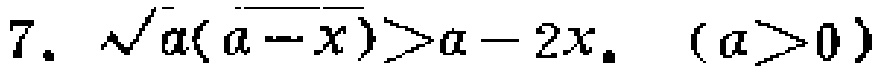
7. $\sqrt{a(a - x)}>a - 2x$. $(a>0)$